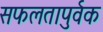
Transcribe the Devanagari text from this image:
सफलतापुर्वक